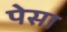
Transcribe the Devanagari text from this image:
पेसा